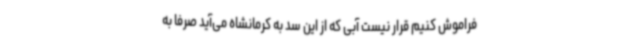
فراموش کنیم قرار نیست آبی که از این سد به کرمانشاه می‌آید صرفا به